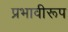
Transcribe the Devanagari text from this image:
प्रभावीरूप